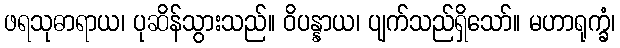
ဖရသုဓာရာယ၊ ပုဆိန်သွားသည်။ ဝိပန္နာယ၊ ပျက်သည်ရှိသော်။ မဟာရုက္ခံ၊